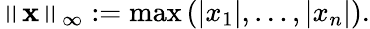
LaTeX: \left\| \mathbf{x}\right\| _{\infty}:=\operatorname*{max}\left(\left|x_{1}\right|,\ldots,\left|x_{n}\right|\right).